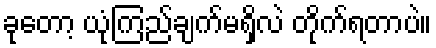
ခုတော့ ယုံကြည်ချက်မရှိလဲ တိုက်ရတာပဲ။